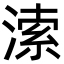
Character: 溹